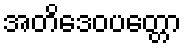
အတိဒေဝပတ္တော